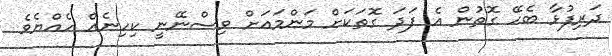
ދަރިފުޅާ ބެހޭ ގޮތުން އެ ފަދަ ގޮތަކަށް މަންމައަށް ވިސްނޭނީ ކިހިނެއް ހެއްޔެވެ